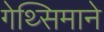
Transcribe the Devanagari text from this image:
गेथ्सिमाने